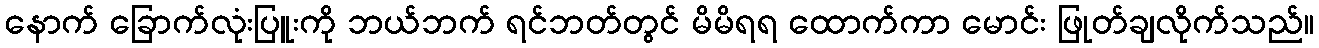
နောက် ခြောက်လုံးပြူးကို ဘယ်ဘက် ရင်ဘတ်တွင် မိမိရရ ထောက်ကာ မောင်း ဖြုတ်ချလိုက်သည်။